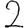
Digit: 2